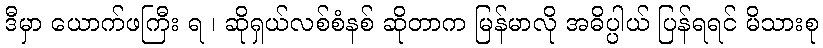
ဒီမှာ ယောက်ဖကြီး ရ ၊ ဆိုရှယ်လစ်စံနစ် ဆိုတာက မြန်မာလို အဓိပ္ပါယ် ပြန်ရရင် မိသားစု